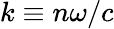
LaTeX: k\equiv n\omega/c